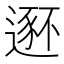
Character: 𫐾